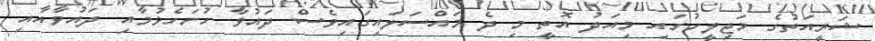
ޝަރީއަތުގެ މަޖިލީހުގައި މިއަދު އޮތީ މި ދެ މައްސަލައިގައިވެސް ދައުވާ ހުށަހެޅުމާއި ދައުވާއާއި